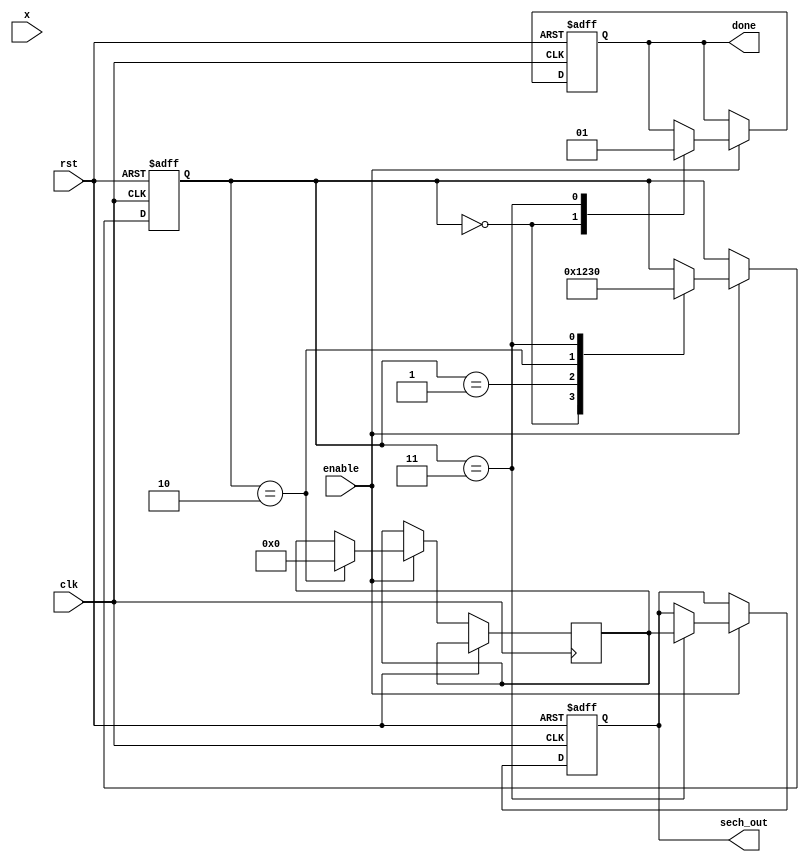
module hyperbolic_sech #(
    parameter N = 16, // Width of input
    parameter M = 32  // Width of output
)(
    input clk,
    input rst,
    input enable,
    input signed [N-1:0] x, // Input value
    output reg signed [M-1:0] sech_out, // Output value
    output reg done // Signal to indicate computation is complete
);

    // Intermediate signals
    reg signed [M-1:0] cosh_x;
    reg signed [M-1:0] reciprocal_cosh_x;
    reg [3:0] state;

    // State encoding
    localparam IDLE = 0, CALC_COSH = 1, CALC_RECIPROCAL = 2, OUTPUT = 3;

    // Taylor series coefficients for cosh(x)
    reg signed [M-1:0] taylor_terms [0:5]; // For up to x^10/10!
    
    initial begin
        taylor_terms[0] = 1; // 1
        taylor_terms[1] = 0; // x^1/1! (not used)
        taylor_terms[2] = 1; // x^2/2! = x^2/2
        taylor_terms[3] = 0; // x^3/3! (not used)
        taylor_terms[4] = 1; // x^4/4! = x^4/24
        taylor_terms[5] = 0; // x^5/5! (not used)
    end

    // Compute cosh(x) using Taylor series
    function signed [M-1:0] compute_cosh;
        input signed [N-1:0] x;
        reg signed [M-1:0] x_squared;
        reg signed [M-1:0] term;
        integer i;
        begin
            x_squared = x * x; // x^2
            compute_cosh = taylor_terms[0]; // Start with 1 (0th term)
            term = 1;
            for (i = 2; i <= 4; i = i + 2) begin
                term = (term * x_squared) / (i * (i - 1)); // x^i/i!
                compute_cosh = compute_cosh + term;
            end
        end
    endfunction

    // Compute reciprocal
    function signed [M-1:0] reciprocal;
        input signed [M-1:0] value;
        reg signed [M-1:0] approx;
        begin
            // Initial approximation for reciprocal
            approx = (1 << M) / value; // 1/value
            // Newton-Raphson iteration for better accuracy
            approx = approx * (2 - value * approx) >> M;
            reciprocal = approx;
        end
    endfunction

    // Main process
    always @(posedge clk or posedge rst) begin
        if (rst) begin
            sech_out <= 0;
            done <= 0;
            state <= IDLE;
        end else if (enable) begin
            case (state)
                IDLE: begin
                    cosh_x <= 0;
                    done <= 0;
                    state <= CALC_COSH;
                end
                CALC_COSH: begin
                    cosh_x <= compute_cosh(x);
                    state <= CALC_RECIPROCAL;
                end
                CALC_RECIPROCAL: begin
                    if (cosh_x != 0) begin
                        reciprocal_cosh_x <= reciprocal(cosh_x);
                        state <= OUTPUT;
                    end else begin
                        // Handle underflow or division by zero
                        reciprocal_cosh_x <= 0;
                        state <= OUTPUT;
                    end
                end
                OUTPUT: begin
                    sech_out <= reciprocal_cosh_x;
                    done <= 1;
                    state <= IDLE; // Go back to idle
                end
            endcase
        end
    end

endmodule